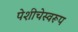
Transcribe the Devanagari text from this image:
पेशीचेस्वरूप